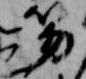
笏